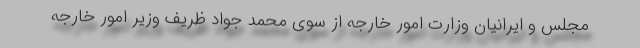
مجلس و ایرانیان وزارت امور خارجه از سوی محمد جواد ظریف وزیر امور خارجه